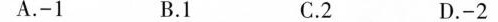
A.-1 B.1 C.2 D.-2